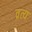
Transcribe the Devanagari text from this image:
व्रत्य